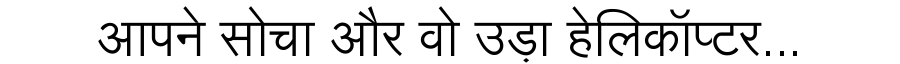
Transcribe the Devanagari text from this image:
आपने सोचा और वो उड़ा हेलिकॉप्टर...